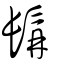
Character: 髥